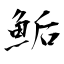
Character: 鮜